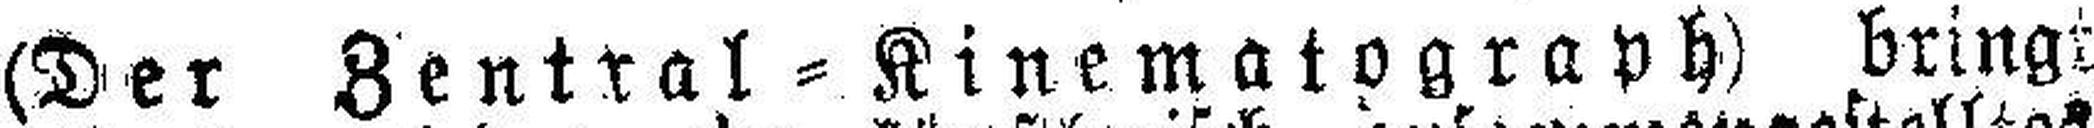
(Der Zentral=Kinematograph) bringt